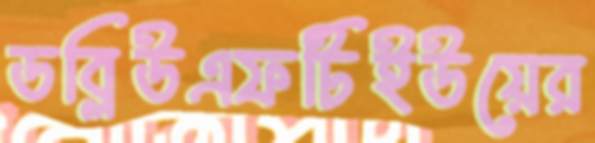
ডব্লিউএফটিইউয়ের